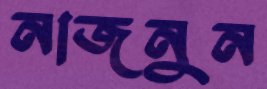
নাজনুন